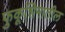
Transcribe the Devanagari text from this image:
फुकूशिमातील